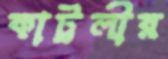
কাট্টলীর